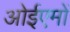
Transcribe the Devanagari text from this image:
ओईएमों